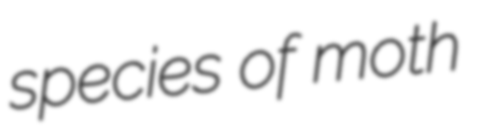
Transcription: species of moth